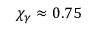
\chi _ { \gamma } \approx 0 . 7 5